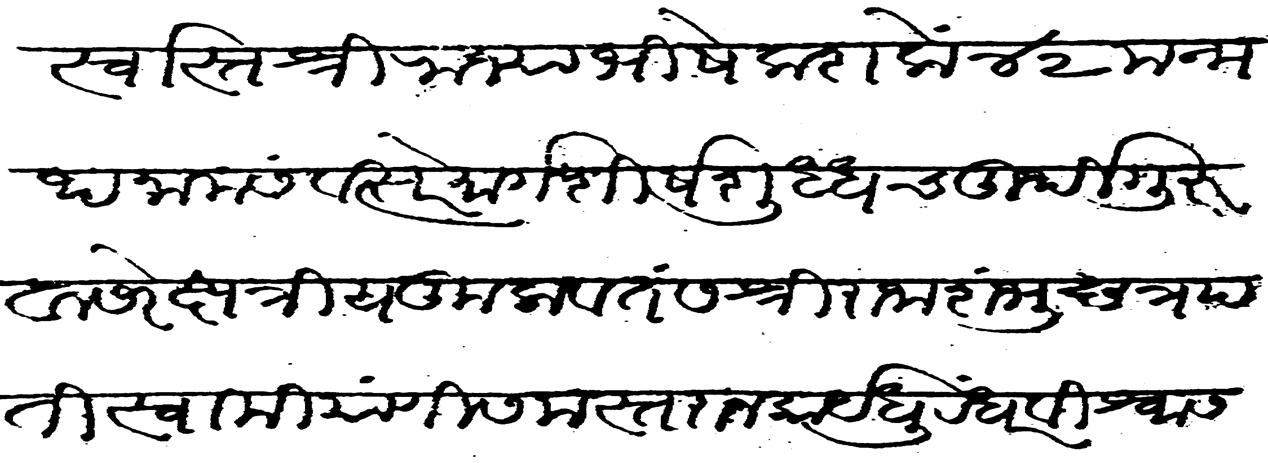
Transliteration (Devanagari): स्वस्तिश्री राज्याभिषेक शके ४२ मन्मथ नाम संवत्सरे मार्गशीर्ष शुद्ध चतुर्थी गुरुवासरे क्षत्रीय कुलवतस श्री राजा शंभु छत्रपती स्वामी याणी समस्त राजकार्य धुरंदर विश्वासनिधि